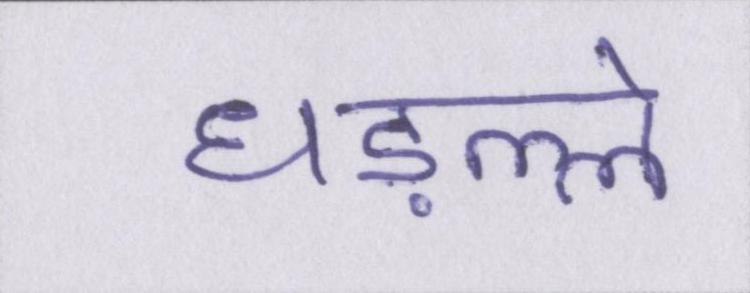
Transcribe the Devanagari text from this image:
धड़ल्ले